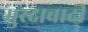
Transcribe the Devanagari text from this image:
मुरदाबादी